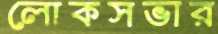
লোকসভার